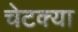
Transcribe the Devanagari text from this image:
चेटक्या